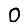
Digit: 0